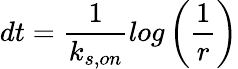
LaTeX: dt=\frac{1}{k_{s,on}}log\left(\frac{1}{r}\right)